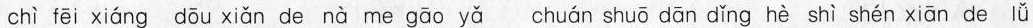
chì fēì xiáng dōu xiǎn de nà me gāo yǎ chuán shuā dān dǐng hè shì shén xiān de lǚ